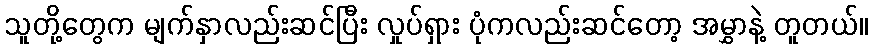
သူတို့တွေက မျက်နှာလည်းဆင်ပြီး လှုပ်ရှား ပုံကလည်းဆင်တော့ အမွှာနဲ့ တူတယ်။